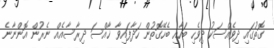
ގޮތުގައި ދިވެއްސަކު ދިވެހި ބަހާއި ބެހޭގޮތުން ހަދާފައިވާ ޚާއްސަ ދިރާސާއެއް ނެރުން އޮންނާނެ